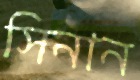
সিনান